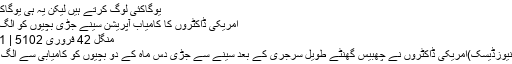
یوگاکئی لوگ کرتے ہیں لیکن یہ ہی یوگاکہیں ...
امریکی ڈاکٹروں کا کامیاب آپریشن سینے جڑی بچیوں کو الگ کردیا
منگل‬‮ 24 فروری‬‮ 2015 | 12:20
ڈیلس(نیوزڈیسک)امریکی ڈاکٹروں نے چھبیس گھنٹے طویل سرجری کے بعد سینے سے جڑی دس ماہ کے دو بچیوں کو کامیابی سے الگ کردیا۔